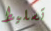
تسليط